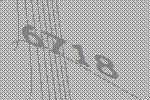
6718